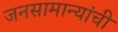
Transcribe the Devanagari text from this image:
जनसामान्यांची